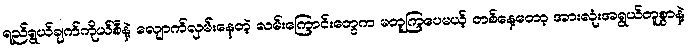
ရည်ရွယ်ချက်ကိုယ်စီနဲ့ လျောက်လှမ်းနေတဲ့ လမ်းကြောင်းတွေက မတူကြပေမယ့် တစ်နေ့တော့ အားလုံးအရွယ်တူစွာနဲ့